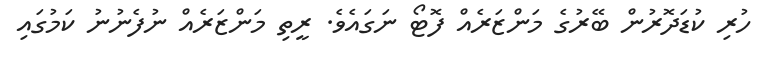
ހުރި ކުޑަދޮރުން ބޭރުގެ މަންޒަރެއް ފޮޓޯ ނަގައެވެ. ރީތި މަންޒަރެއް ނުފެނުނު ކަމުގައި